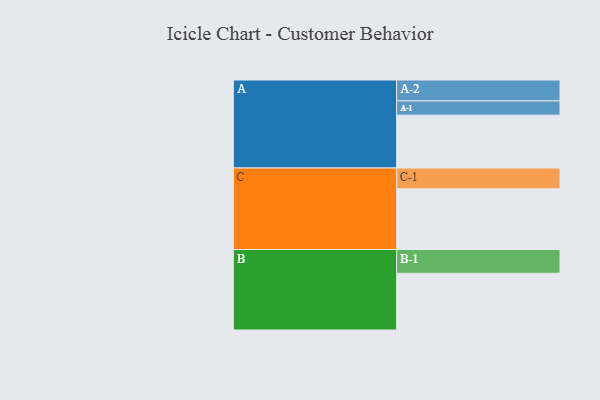
{"axis": {"x": "Segment", "y": "Value"}, "legend": ["", "A", "B", "C"], "data": [{"x": "A", "y": 316, "type": ""}, {"x": "B", "y": 339, "type": ""}, {"x": "C", "y": 363, "type": ""}, {"x": "A-1", "y": 85, "type": "A"}, {"x": "A-2", "y": 125, "type": "A"}, {"x": "B-1", "y": 142, "type": "B"}, {"x": "C-1", "y": 124, "type": "C"}]}